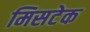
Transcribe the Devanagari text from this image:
मिसटेक